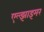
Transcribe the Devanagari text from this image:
एल्झाइमर